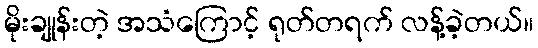
မိုးချုန်းတဲ့ အသံကြောင့် ရုတ်တရက် လန့်ခဲ့တယ်။